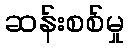
ဆန်းစစ်မှု